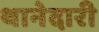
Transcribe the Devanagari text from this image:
थानेदारी